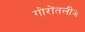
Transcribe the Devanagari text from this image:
गोरोंतलीज